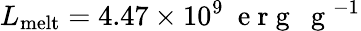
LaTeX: L_{\mathrm{melt}}=4.47\times 10^{9}~\mathrm{~e~r~g~~~g~}^{-1}